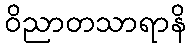
ဝိညာတသာရာနိ